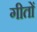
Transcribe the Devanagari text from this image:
गीतों